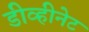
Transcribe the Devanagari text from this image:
डीव्हीनेट